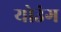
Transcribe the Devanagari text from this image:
योउंग